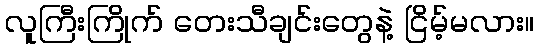
လူကြီးကြိုက် တေးသီချင်းတွေနဲ့ ငြိမ့်မလား။